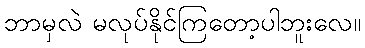
ဘာမှလဲ မလုပ်နိုင်ကြတော့ပါဘူးလေ။